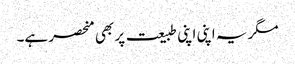
مگر یہ اپنی اپنی طبیعت پر بھی منحصر ہے۔